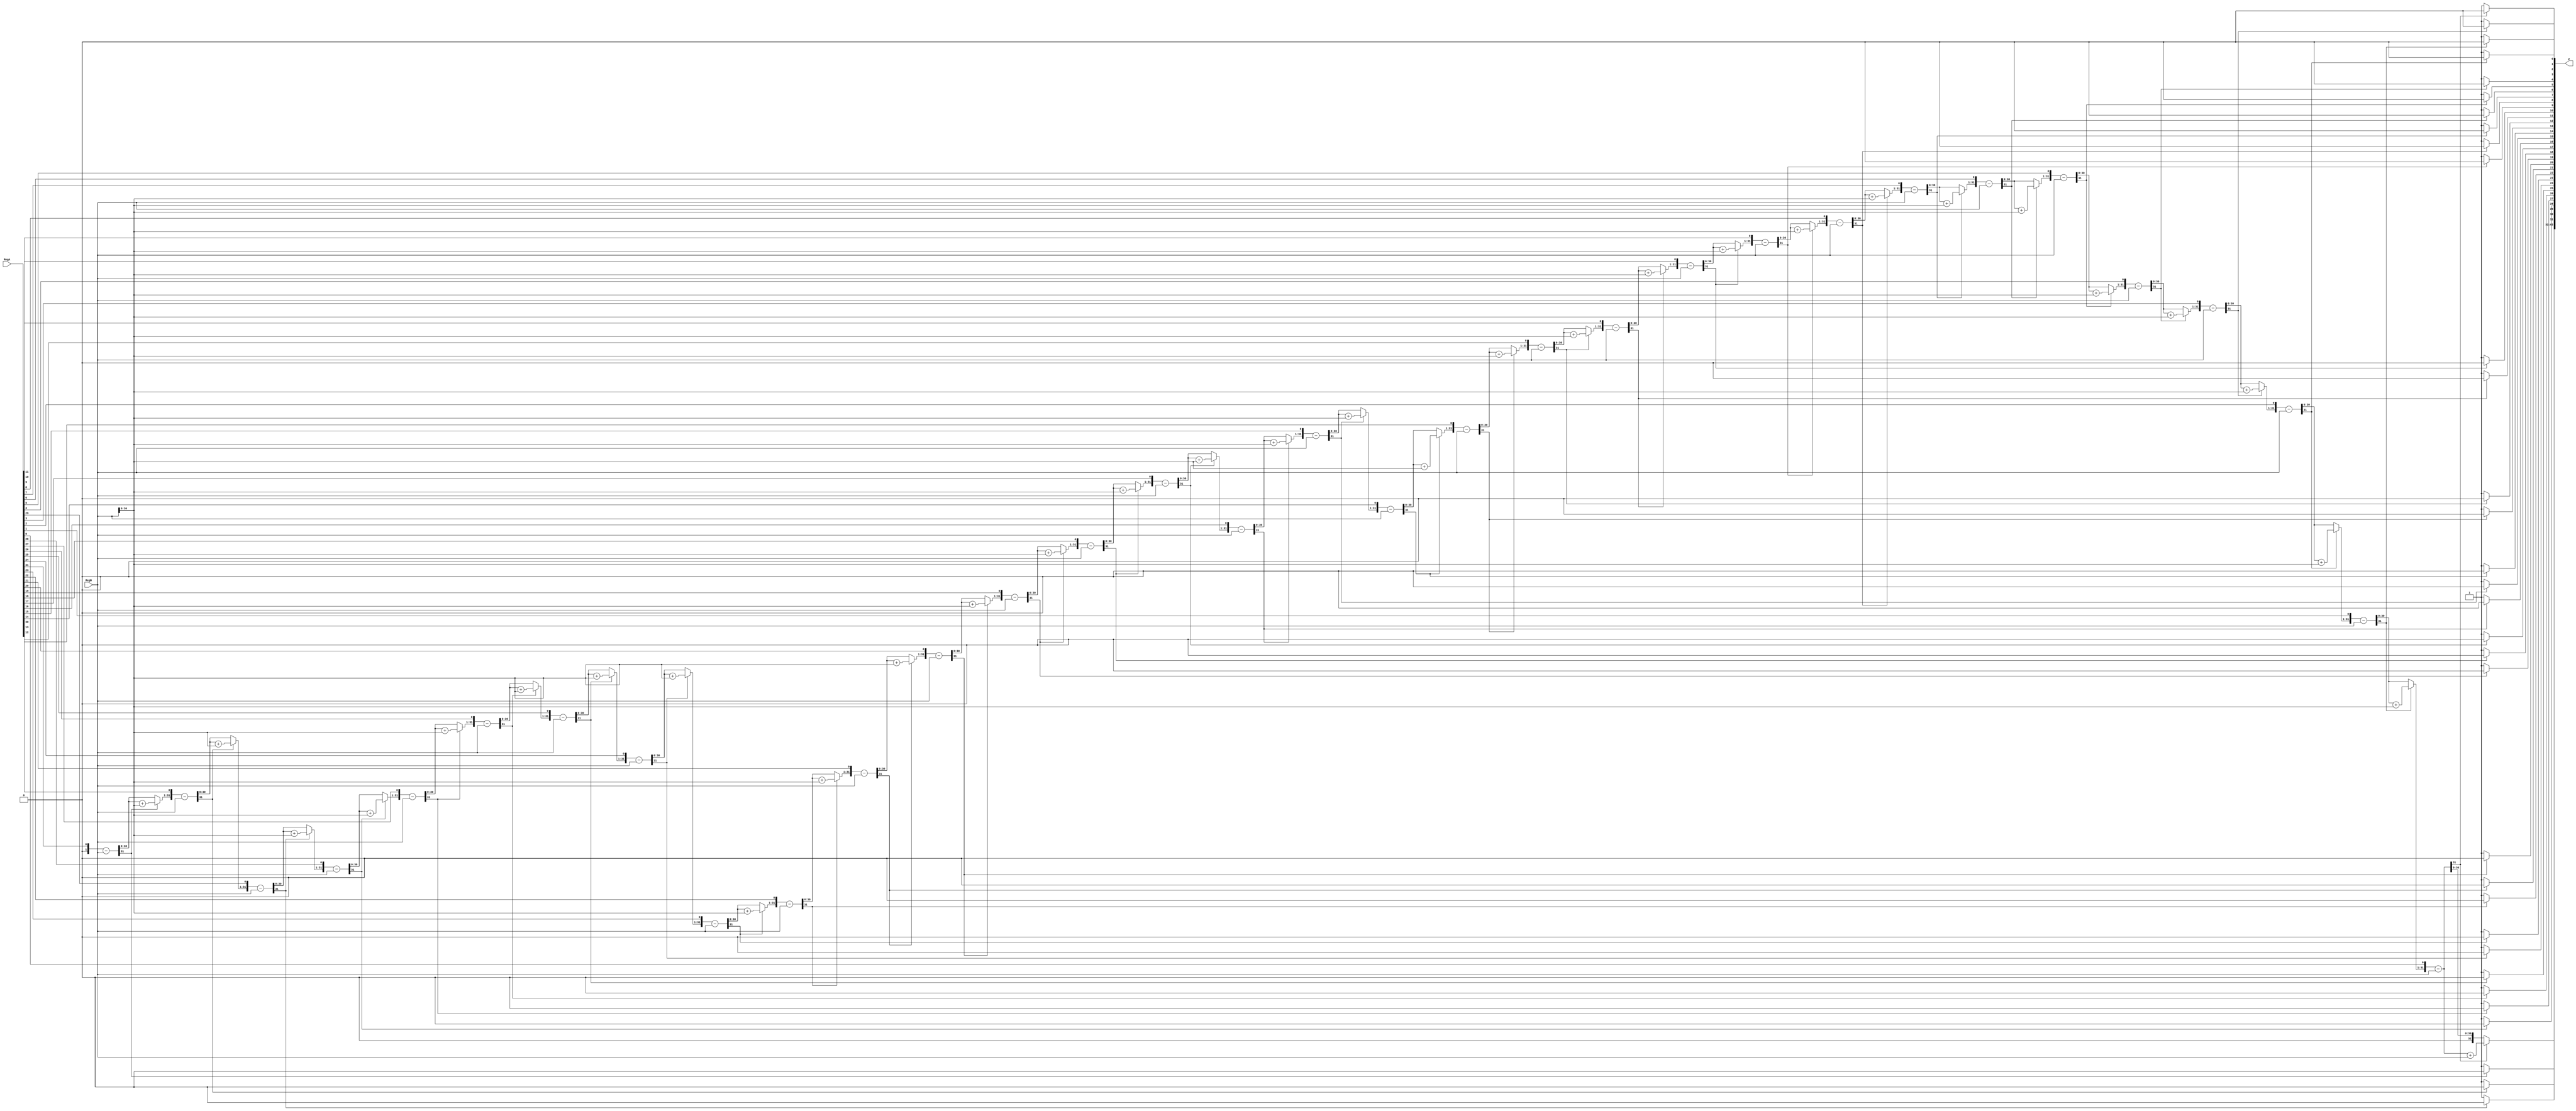

module div32(
   input wire signed [31:0] RegA,
   input wire signed [31:0] RegB,
   output wire signed [63:0] Z
);
   integer i;
   reg signed [31:0] A;
   reg signed [31:0] Q;
   reg signed [31:0] M;
   reg q0;

   always @ (*) begin
      Q = RegA;
      M = RegB;
      A = 32'sb0;

      for (i = 0; i < 32; i = i + 1) begin
         {A, Q} = {A, Q} << 1;
         A = A - M;
         if (A[31] == 1'b0) begin
               Q[0] = 1;
         end
         else if (A[31] == 1'b1) begin
               Q[0] = 0;
               A = A + M;
         end
      end
	end
   assign Z = {A, Q};
endmodule